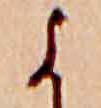
よ